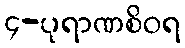
၄-ပုရာဏစိဝရ